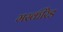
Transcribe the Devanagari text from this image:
मस्कीरेड